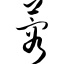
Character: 蓉